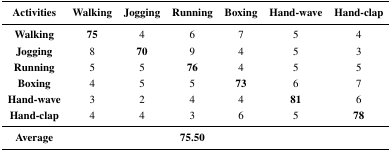
<table><thead><tr><td><b>Activities</b></td><td><b>Walking</b></td><td><b>Jogging</b></td><td><b>Running</b></td><td><b>Boxing</b></td><td><b>Hand-wave</b></td><td><b>Hand-clap</b></td></tr></thead><tbody><tr><td><b>Walking</b></td><td><b>75</b></td><td>4</td><td>6</td><td>7</td><td>5</td><td>4</td></tr><tr><td><b>Jogging</b></td><td>8</td><td><b>70</b></td><td>9</td><td>4</td><td>5</td><td>3</td></tr><tr><td><b>Running</b></td><td>5</td><td>5</td><td><b>76</b></td><td>4</td><td>5</td><td>5</td></tr><tr><td><b>Boxing</b></td><td>4</td><td>5</td><td>5</td><td><b>73</b></td><td>6</td><td>7</td></tr><tr><td><b>Hand-wave</b></td><td>3</td><td>2</td><td>4</td><td>4</td><td><b>81</b></td><td>6</td></tr><tr><td><b>Hand-clap</b></td><td>4</td><td>4</td><td>3</td><td>6</td><td>5</td><td><b>78</b></td></tr><tr><td><b>Average</b></td><td></td><td></td><td><b>75.50</b></td><td></td><td></td><td></td></tr></tbody></table>